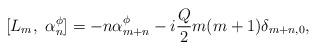
LaTeX: \begin{align*}[L_m, ~ \alpha^{\phi}_n] = -n\alpha^{\phi}_{m+n} -i{Q\over 2}m(m+1)\delta_{m+n,0},\end{align*}